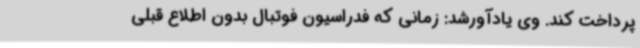
پرداخت کند. وی یادآورشد: زمانی که فدراسیون فوتبال بدون اطلاع قبلی